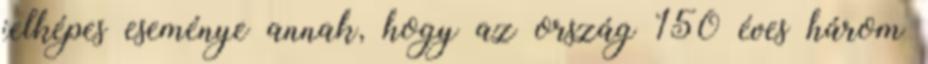
jelképes eseménye annak, hogy az ország 150 éves három